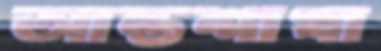
আন্তশাখা